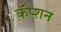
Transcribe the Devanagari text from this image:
कॅप्शन